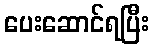
ပေးဆောင်ရပြီး